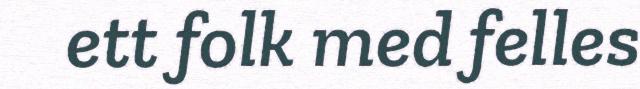
ett folk med felles